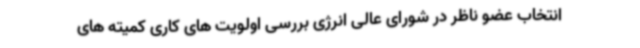
انتخاب عضو ناظر در شورای عالی انرژی بررسی اولویت های کاری کمیته های